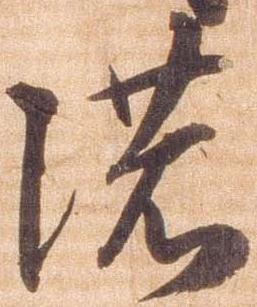
濃